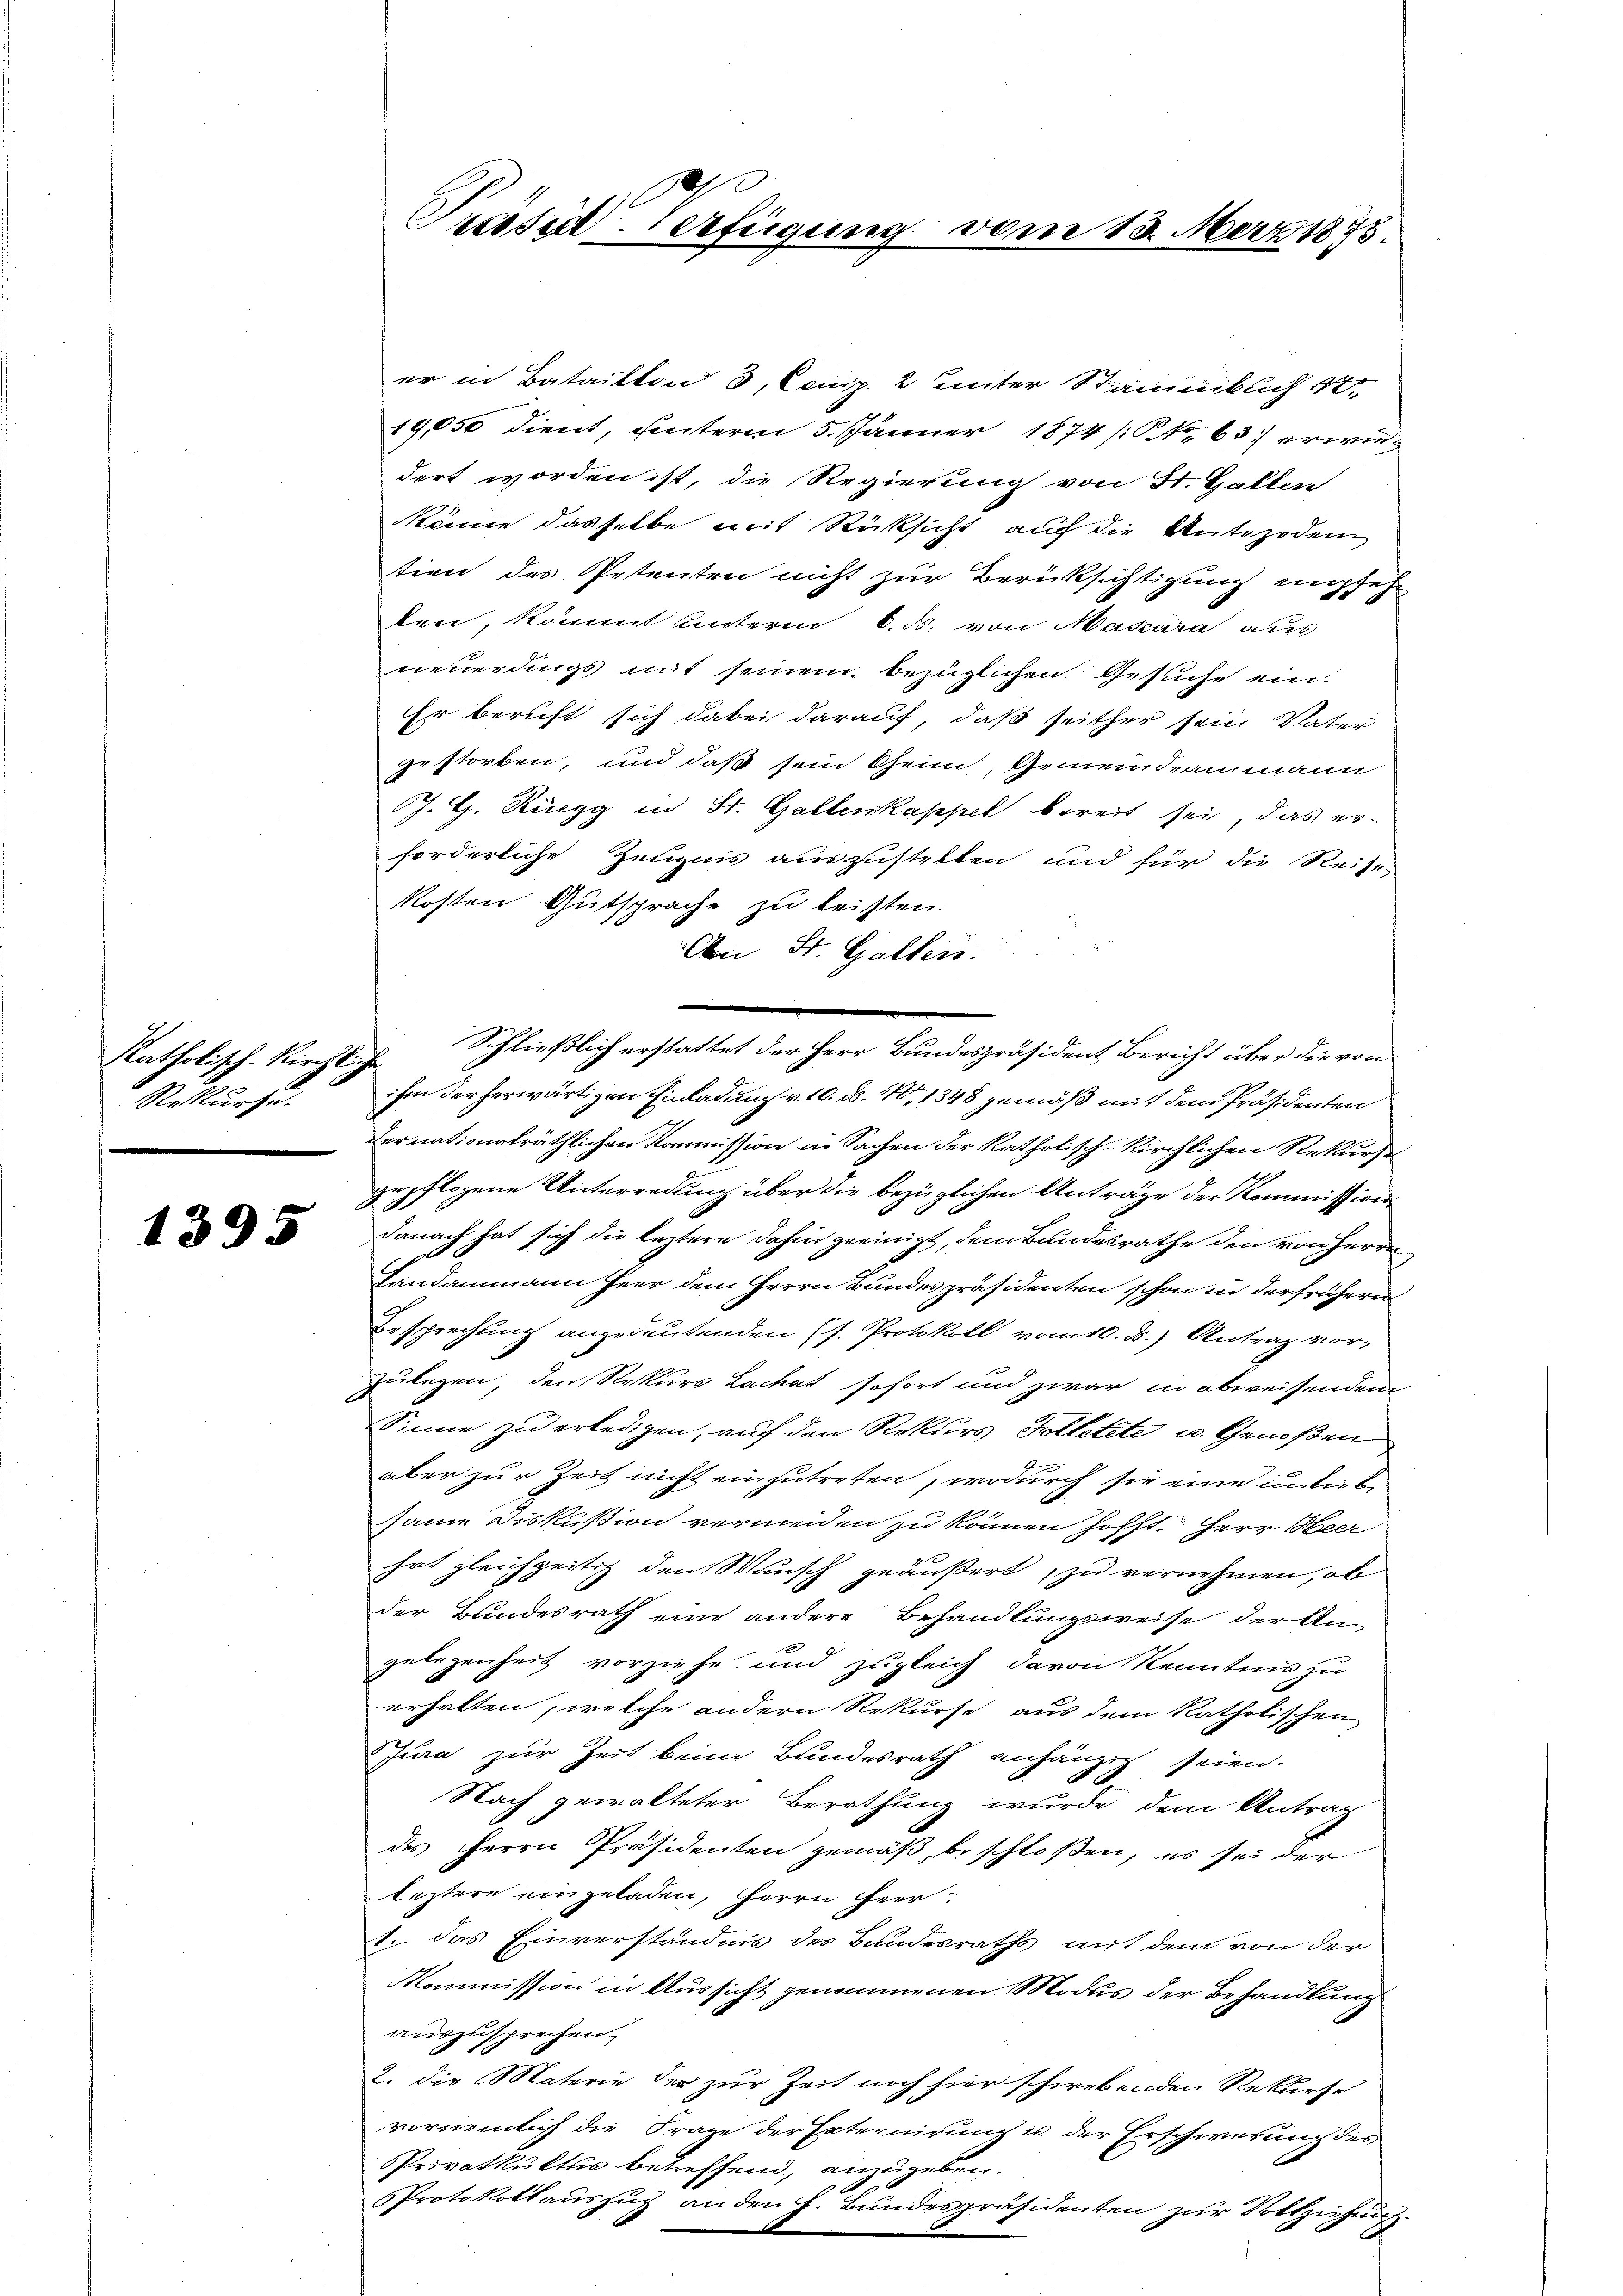
Katholisch-kirchliche
Rekurse.

1395

er in Batailten 3, Comp. 2 unter Stanklich 12
19,050 dient, unterm 5. Jänner 1874 / No 63 erwied
dert worden ist, die Regierung von St. Gallen
könne dasselbe mit Rücksicht auch die Antezoden
tien des Petenten nicht zur Berücksichtigung empfehten, kommt unterm 6. d. von Mascara aus
neuerdings mit seinem bezüglichen. Gesuche ein
Er beruft sich dabei darauf, daß seither sein Vater
gestorben, und daß sein Gein, Gemeindeammann
J. G. Rüegg in St. Gallenkappel bereit sei, das erforderliche Zeugnis auszustellen und für die Reise,
Kosten Gutsprache zu leisten.
z
An St. Gallen.
Schließlich erstattet der Herr Bundespräsident Bericht über die von
ihm der herwärtigen Einladung v. 10. d. No 1348 gemäß mit dem Präsidenten
Fernationalräthlichen Kommission in Sachen der katholisch-kirchlichen Rekurse
gepflogene Unterredung über die bezüglichen Anträge der Kommission
Danach hat sich die leztere dahin geeinigt, dem Bundesrathe den von Herrn
Landammann Herr dem Herrn Bundespräsidenten schon in der frühern
Besprechung angedeutenden (s. Protokoll vom 10. d.) Antrag vor-
zulegen, den Rekurs Lachat sofort und zwar in abweisenden
Sinne zu erledigen, auf den Rekurs Tolletete u. Genoßen
aber zur Zeit nicht einzutreten, wodurch sie eine in die be
same Diskussion vermeiden zu können hofft. Herr Heer
hat gleichzeitig den Mausch geäußert, zu vernehmen, ob
der Bundesrath eine andere Behandlungsweise der Ann
gelegenheit vorziehe und zugleich davon Kenntnis zu
erhalten, welche andern Rekurse aus dem katholischen
Jura zur Zeit beim Bundesrath anhängig seien.
Nach gewalteter Berathung wurde dem Antrag
des Herrn Präsidenten gemäß, beschloßen, es sei der
leztere eingeladen, Herrn Herr
1. das Einverständnis des Bandesraths mit dem von der
Kommission in Aussicht genommenen Modus der Behandlung
auszusprechen,
2. die Materie der zur Zeit noch hier schiebenden Rekurse
vornemlich die Frage der Enternirung u. der Erschwerung des
Privatkultur betreffend, anzugeben.
Protokollauszug an den h. Bundespräsidenten zur Vollziehung

Präsid-Verfügung vom 13. März 1875.